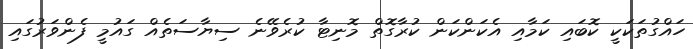
ހައްގުތަކަކީ ކޮބައި ކަމާއި އެކަންކަން ކުރާގޮތް މޮނިޓާ ކުރެވޭނެ ސިޔާސަތެއް ގައުމީ ފެންވަރުގައި